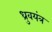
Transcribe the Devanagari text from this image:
ध्रुवयंत्र